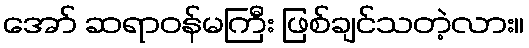
အော် ဆရာဝန်မကြီး ဖြစ်ချင်သတဲ့လား။